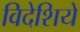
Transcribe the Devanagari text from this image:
विदेशियें